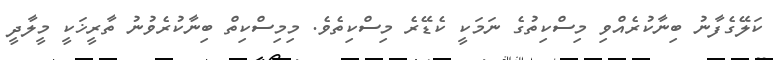
ކަލޭގެފާނު ބިނާކުރެއްވި މިސްކިތުގެ ނަމަކީ ކެޑޭރެ މިސްކިތެވެ. މިމިސްކިތް ބިނާކުރެވުނު ތާރީޚަކީ މީލާދީ